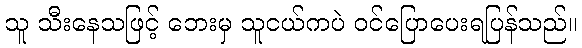
သူ သီးနေသဖြင့် ဘေးမှ သူငယ်ကပဲ ဝင်ပြောပေးရပြန်သည်။